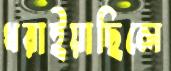
ধরাইয়াছিলে